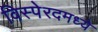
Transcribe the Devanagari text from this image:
विस्पेरदमध्ये